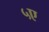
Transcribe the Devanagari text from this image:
५ए